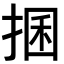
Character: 𢮖